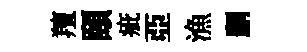
羶頤疵亞漁删